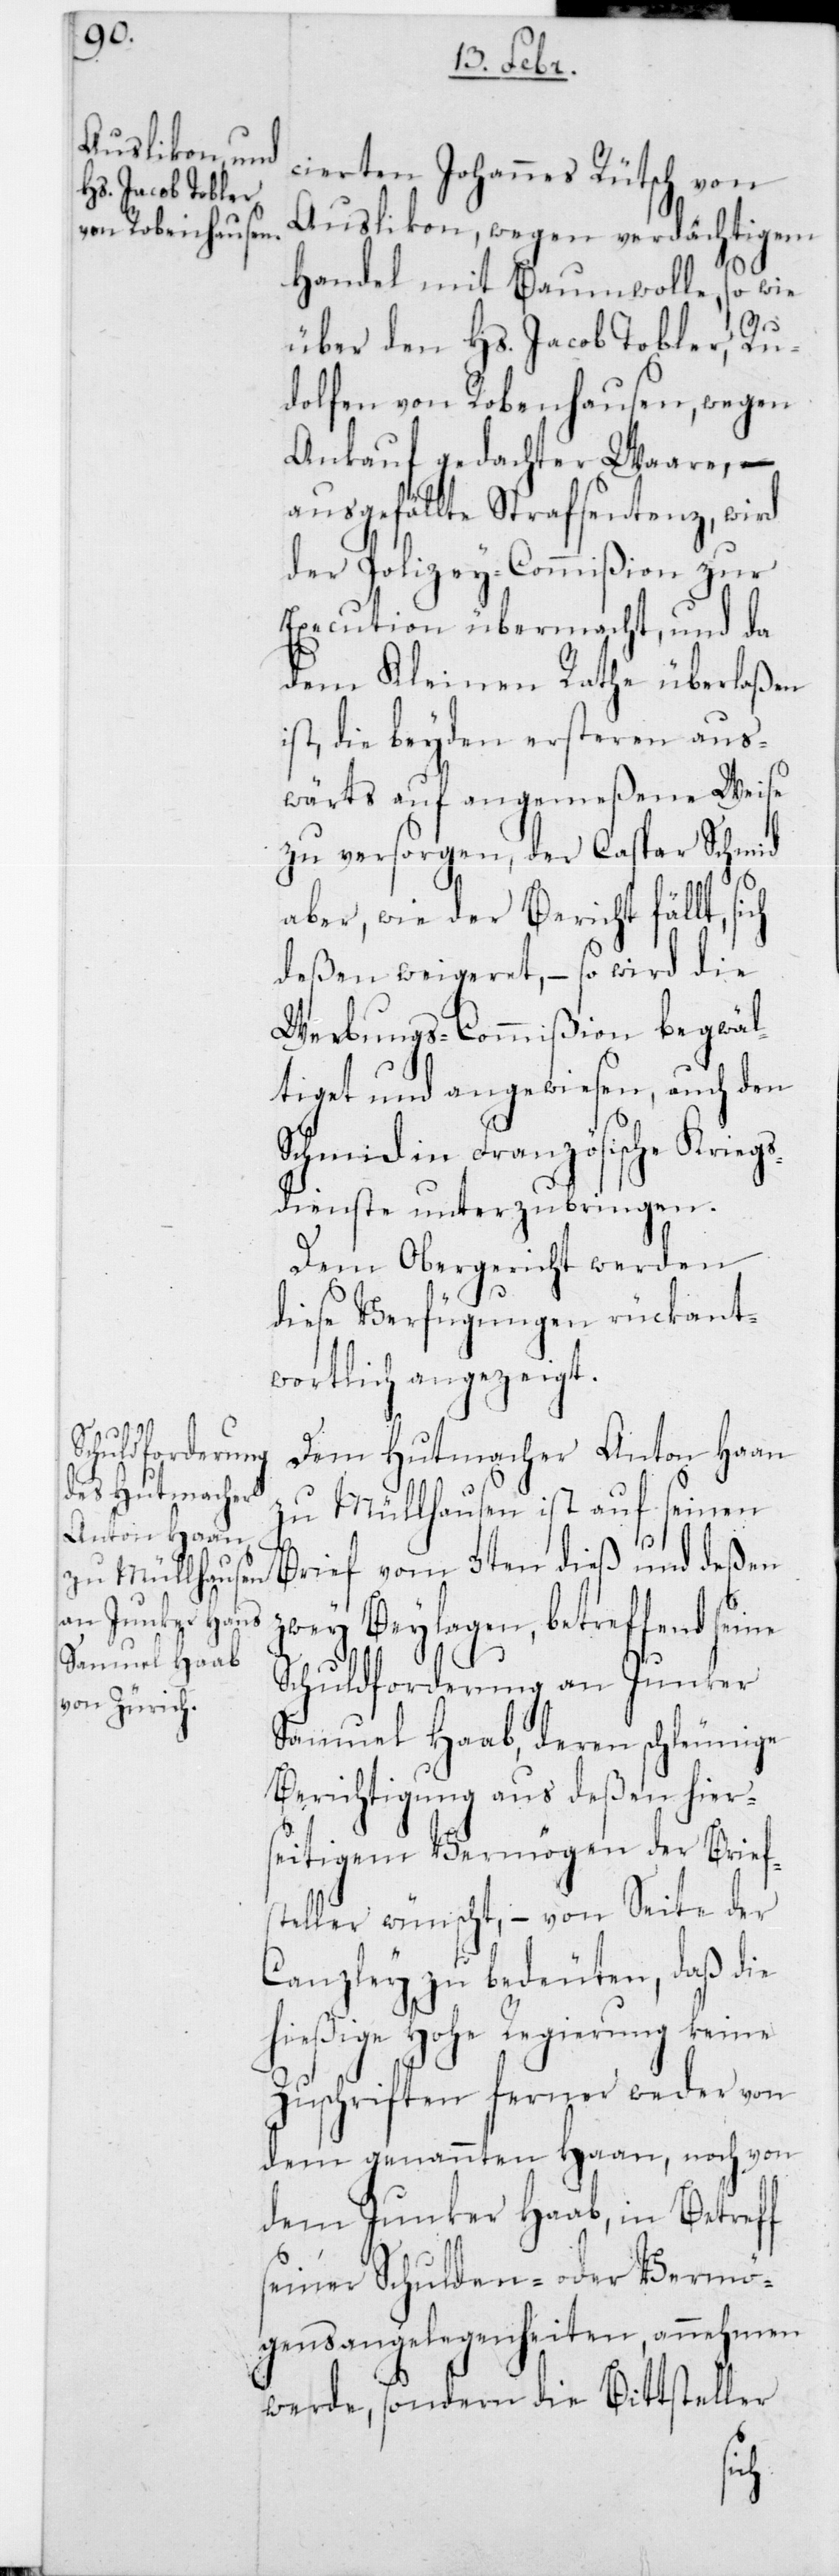
z¬

cierten Johannes Rütsch von
Auslikon, wegen verdächtigem
Handel mit Baumwolle, so wie
über den Hs. Jacob Tobler, Ru¬
dolfen von Robenhausen, wegen
Ankauf gedachter Waare, –
ausgefällte Strafsentenz, wird
der Polizei-Commißion zur
Execution übermacht, und da
dem Kleinen Rathe überlaßen
ist, die beyden ersteren aus¬
wärts auf angemeßene Weise
zu versorgen, der Caspar Schmid
aber, wie der Bericht fällt, si¬
deßen weigeret, – so wird die
Werbungs-Commißion begwäl¬
tiget und angewiesen, auch den
Schmid in Französische Kriegs¬
dienste unterzubringen.
Dem Obergericht werden
diese Verfügungen rückant¬
wortlich angezeigt.
Dem Hutmacher Anton Haan
zu Müllhausen ist auf seinen
Brief vom 3ten dieß und deßen
wey Beylagen, betreffend
Schuldforderung an Junker
Samuel Haab, deren schleunige
Berichtigung aus deßen hier¬
seitigem Vermögen der Brief¬
steller wünscht, – von Seite der
Canzley zu bedeuten, daß die
hießige Hohe Regierung keine
Zuschriften ferner weder von
dem genannten Haan, noch von
dem Junker Haab, in Betreff
seiner Schulden- oder Vermö¬
gens-Angelegenheiten, annehmen
werde, sondern die Bittsteller
ch